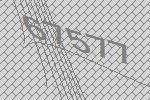
67577